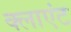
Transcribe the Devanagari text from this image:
क्‍लाएंट